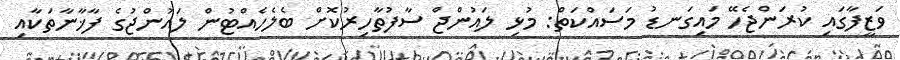
ވަޒީފާގައި ކުރަންޖެހޭ މައިގަނޑު މަސައްކަތް: މުޅި ލައުންޖް ސާފުތާހިރުކޮށް ބެލެހެއްޓުން ލައުންޖުގެ ފާޚާނާތަކާއި